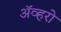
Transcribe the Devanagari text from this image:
ॲव्हरो